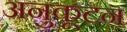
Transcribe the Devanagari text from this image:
अनुकूटन